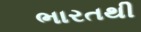
ભારતથી